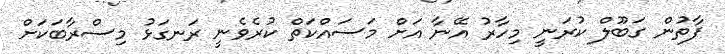
ފާތުން ގަބޫލް ކުރަނީ މިހާރު އޭނާ އަށް މަސައްކަތް ކުރެވެނީ ރަނގަޅު މިސްރާބަކަށް